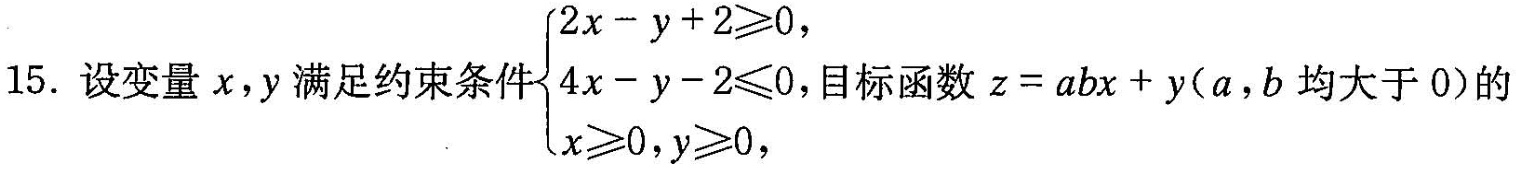
15.设变量x，y满足约束条件$$\begin{cases} x-y+2 \geqslant 0, \\x-y-2 \leqslant 0, \\ x \geqslant 0,y \geqslant 0, \end{cases}$$目标函数$$z=abx+y$$(a，b均大于0)的